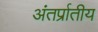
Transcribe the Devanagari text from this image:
अंतर्प्रातीय